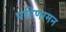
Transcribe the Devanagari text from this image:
परिणामन